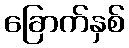
ခြောက်နှစ်